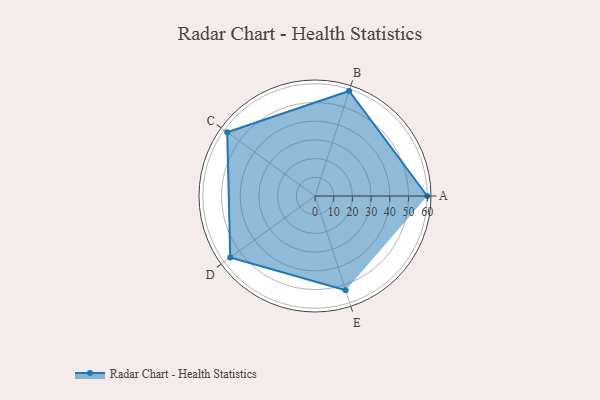
{"axis": {"x": "Skill", "y": "Score"}, "legend": ["Profile"], "data": [{"x": "A", "y": 60.0, "type": "Profile"}, {"x": "B", "y": 59.0, "type": "Profile"}, {"x": "C", "y": 58.0, "type": "Profile"}, {"x": "D", "y": 56.0, "type": "Profile"}, {"x": "E", "y": 53.0, "type": "Profile"}]}